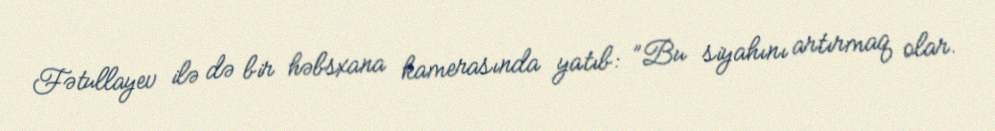
Fətullayev ilə də bir həbsxana kamerasında yatıb: ”Bu siyahını artırmaq olar.